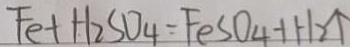
F e + H _ { 2 } S O _ { 4 } = F e S O _ { 4 } + H _ { 2 } \uparrow